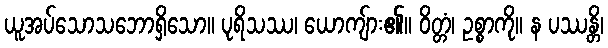
ယူအပ်သောသဘောရှိသော။ ပုရိသဿ၊ ယောကျ်ား၏။ ဝိတ္တံ၊ ဥစ္စာကို။ န ပဿန္တိ၊